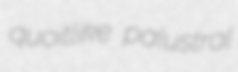
quoitlike palustral